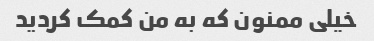
خیلی ممنون که به من کمک کردید